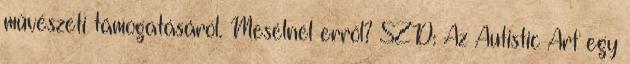
művészeti támogatásáról. Mesélnél erről? SZD: Az Autistic Art egy